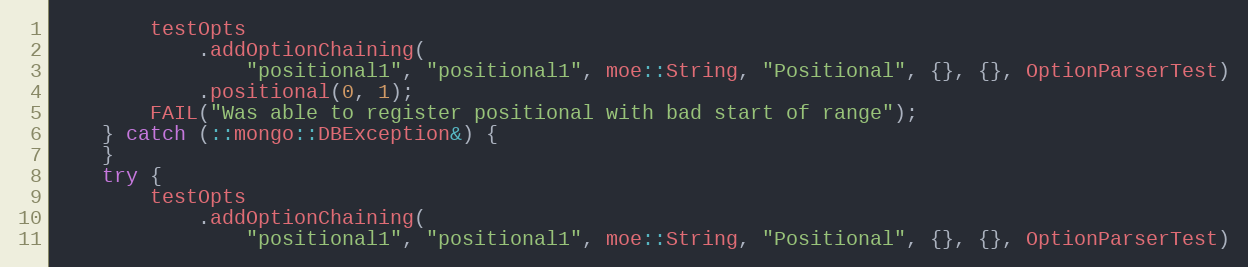
Language: C++
        testOpts
            .addOptionChaining(
                "positional1", "positional1", moe::String, "Positional", {}, {}, OptionParserTest)
            .positional(0, 1);
        FAIL("Was able to register positional with bad start of range");
    } catch (::mongo::DBException&) {
    }
    try {
        testOpts
            .addOptionChaining(
                "positional1", "positional1", moe::String, "Positional", {}, {}, OptionParserTest)